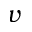
v